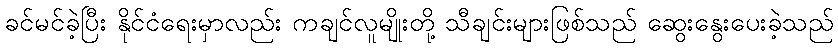
ခင်မင်ခဲ့ပြီး နိုင်ငံရေးမှာလည်း ကချင်လူမျိုးတို့ သီချင်းများဖြစ်သည် ဆွေးနွေးပေးခဲ့သည်